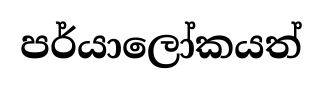
පර්යාලෝකයත්